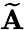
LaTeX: \widetilde{\mathbf A}